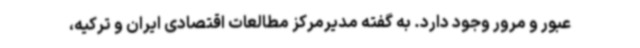
عبور و مرور وجود دارد. به گفته مدیرمرکز مطالعات اقتصادی ایران و ترکیه،